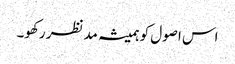
اس اصول کو ہمیشہ مدنظر رکھو۔